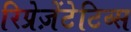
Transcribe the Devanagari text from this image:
रिप्रेज़ेंटेटिव्स